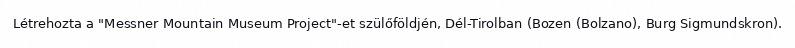
Létrehozta a "Messner Mountain Museum Project"-et szülőföldjén, Dél-Tirolban (Bozen (Bolzano), Burg Sigmundskron).